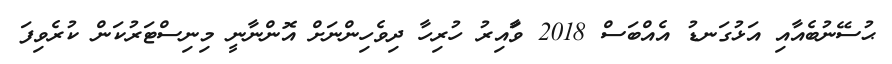
ޙުސޭނުބެއާއި އަޅުގަނޑު އެއްބަސް 2018 ވަާއިރު ހުރިހާ ދިވެހިންނަށް އޮންނާނީ މިނިސްޓަރުކަން ކުރެވިފަ